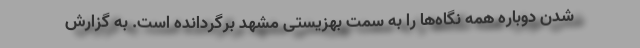
شدن دوباره همه نگاه‌ها را به سمت بهزیستی مشهد برگردانده است. به گزارش